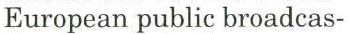
European public broadcas-